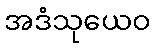
အဒံသုယေဝ